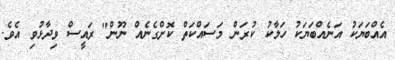
އެއްބަޔަކު އަނެއްބަޔަކު ހަލާކު ކުރަން މަސައްކަތް ކޮށްގެނެއް ނޫން" ރައީސް ވިދާޅުވި އެވެ.